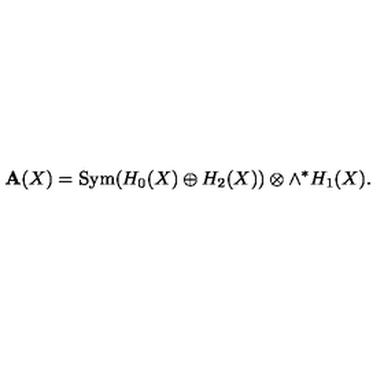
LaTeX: { \bf A } ( X ) = \mathrm { S y m } ( H _ { 0 } ( X ) \oplus H _ { 2 } ( X ) ) \otimes \wedge ^ { * } H _ { 1 } ( X ) .